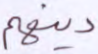
دينهم